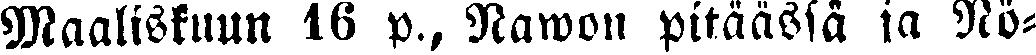
Maaliskuun 16 p., Nawon pitäässä ja Nö-